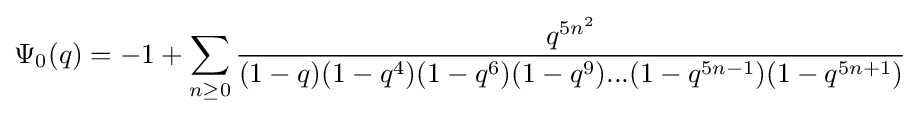
\Psi _{0}(q)=-1+\sum _{n\geq 0}{\frac {q^{5n^{2}}}{(1-q)(1-q^{4})(1-q^{6})(1-q^{9})...(1-q^{5n-1})(1-q^{5n+1})}}